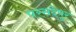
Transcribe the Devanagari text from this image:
परसदेपुर